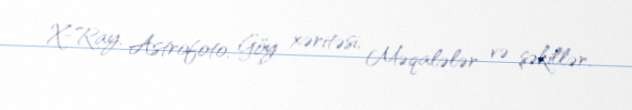
X-Ray, Astrofoto, Göy xəritəsi, Məqalələr və şəkillər.